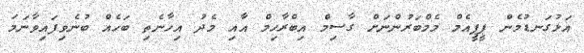
އަޅުގަނޑުމެން ޕީޕީއެމް މެމްބަރުންނަށް ގާސިމް އިބްރާހިމް އާއި މެދު އިހާނެތި ބަހެއް ބުނެވިފައިވާނަމަ